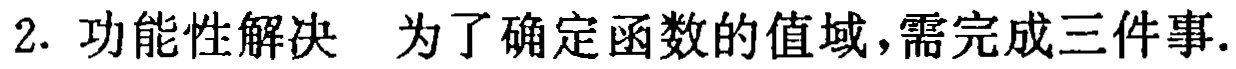
2. 功能性解决 为了确定函数的值域，需完成三件事.